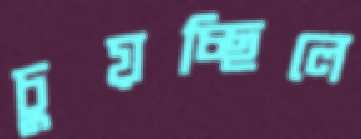
চুয়চ্ছিলে